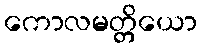
ကောလမတ္တိယော